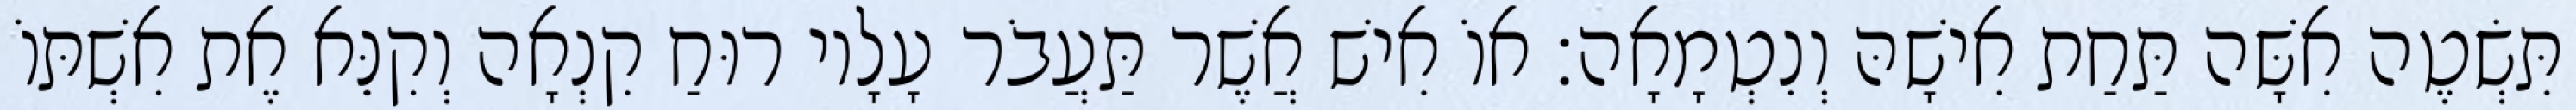
תִּשְׂטֶה אִשָּׁה תַּחַת אִישָׁהּ וְנִטְמָאָה׃ אוֹ אִישׁ אֲשֶׁר תַּעֲבֹר עָלָיו רוּחַ קִנְאָה וְקִנֵּא אֶת אִשְׁתּוֹ